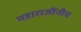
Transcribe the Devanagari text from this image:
महाराजींनीच